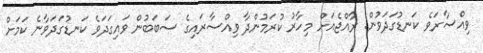
ވިއްސާރަވެ ކަނޑުގަދަވުން: ރާއްޖެއަށް މިހާރު ކުރަމުންދާ ވިއްސާރައިގެ ސަބަބުން ވައިގަދަވެ ކަނޑުގަދަވާނެ ކަމަށް